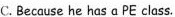
C. Because he has a PE class.